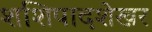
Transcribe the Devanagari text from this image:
शशिपादशेखर